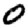
Digit: 0